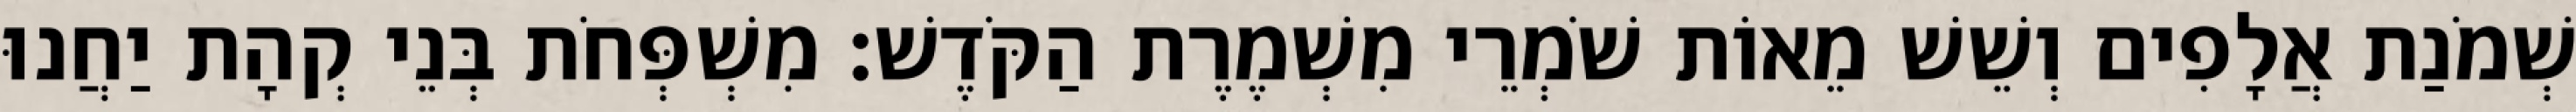
שְׁמֹנַת אֲלָפִים וְשֵׁשׁ מֵאוֹת שֹׁמְרֵי מִשְׁמֶרֶת הַקֹּדֶשׁ׃ מִשְׁפְּחֹת בְּנֵי קְהָת יַחֲנוּ